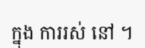
ក្នុង ការរស់ នៅ ។